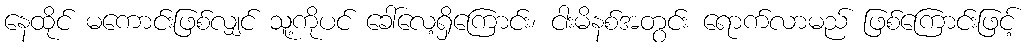
နေထိုင် မကောင်းဖြစ်လျှင် သူ့ကိုပင် ခေါ်လေ့ရှိကြောင်း၊ ငါးမိနစ်အတွင်း ရောက်လာမည် ဖြစ်ကြောင်းဖြင့်